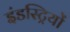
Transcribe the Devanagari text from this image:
इंडस्ट्रियों